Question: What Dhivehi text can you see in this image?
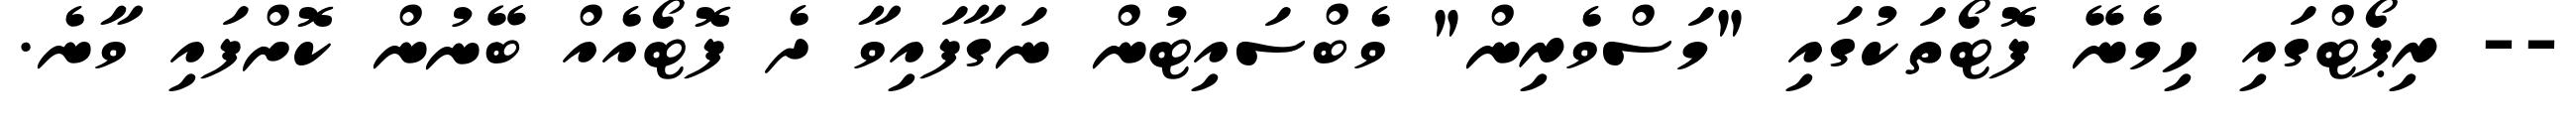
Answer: -- ރިޕޯޓްގައި ހިމެނޭ ފޮޓޯތަކުގައި "މަސްވެރިން" ވެބްސައިޓުން ނަގާފައިވާ ދެ ފޮޓޯއެއް ބޭނުން ކޮށްފައި ވާނެ.